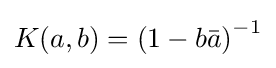
K(a,b)=\left(1-b{\bar {a}}\right)^{-1}